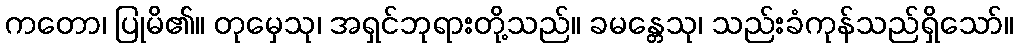
ကတော၊ ပြုမိ၏။ တုမှေသု၊ အရှင်ဘုရားတို့သည်။ ခမန္တေသု၊ သည်းခံကုန်သည်ရှိသော်။